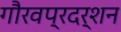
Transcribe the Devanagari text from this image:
गौरवप्रदर्शन